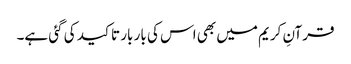
قرآنِ کریم میں بھی اس کی بار بار تاکید کی گئی ہے۔